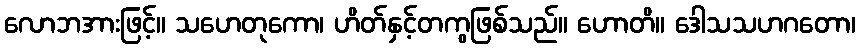
လောဘအားဖြင့်။ သဟေတုကော၊ ဟိတ်နှင့်တကွဖြစ်သည်။ ဟောတိ။ ဒေါသသဟဂတော၊